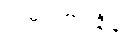
ထမင်းစားချိန်